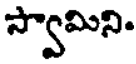
స్వామిని.